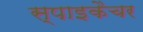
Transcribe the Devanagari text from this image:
स्पाइकैचर